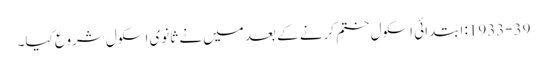
1933-39: ابتدائی اسکول ختم کرنے کے بعد میں نے ثانوی اسکول شروع کیا۔